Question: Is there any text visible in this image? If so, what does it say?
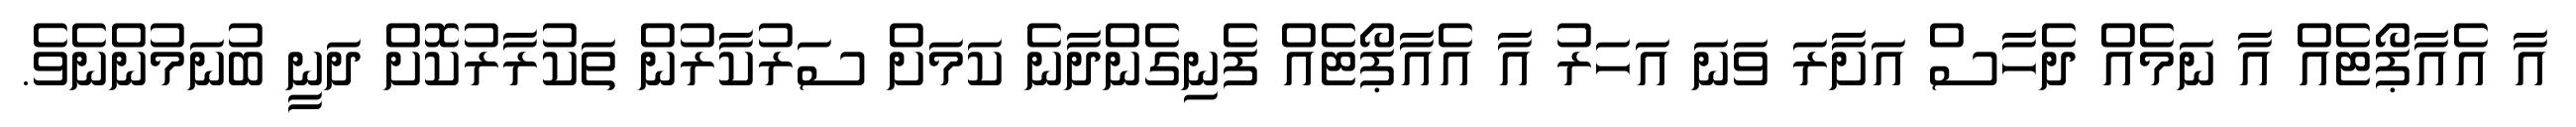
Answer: އާ އެއާޕޯޓެއް އާ ނަމެއް ދެހާސް އަށާރަ ވަނަ އަހަރު އާ އެއާޕޯޓެއް ފެނިގެންދާނެ ކަމަށް ސަރުކާރުން ތަކުރާރުކޮށް ދަނީ ބުނަމުންނެވެ.